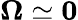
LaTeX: \boldsymbol{\Omega}\simeq\boldsymbol{0}